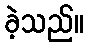
ခဲ့သည်။